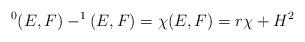
LaTeX: \begin{align*}^0(E, F)-^1(E, F)=\chi(E, F)= r\chi+ H^2\end{align*}